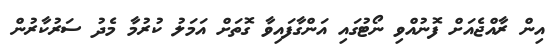
އިން ރާއްޖެއަށް ފޮނުއްވި ނޯޓުގައި އަންގާފައިވާ ގޮތަށް އަމަލު ކުރުމާ މެދު ސަރުކާރުން